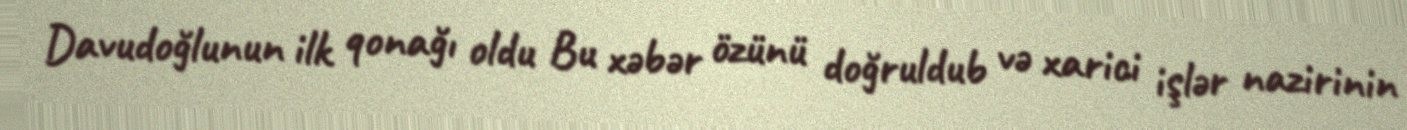
Davudoğlunun ilk qonağı oldu Bu xəbər özünü doğruldub və xarici işlər nazirinin